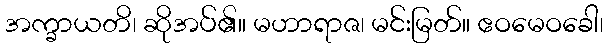
အက္ခာယတိ၊ ဆိုအပ်၏။ မဟာရာဇ၊ မင်းမြတ်။ ဧဝမေဝခေါ၊